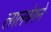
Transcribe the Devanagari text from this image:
लालबेगने